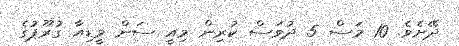
ދޭށެވެ. 10 މަސް 5 ދުވަސް ކުރިން މިއީ ސަން މީޑިއާ ގުރޫޕުގެ